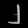
Digit: ၂